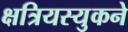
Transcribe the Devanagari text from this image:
क्षत्रियस्युकने